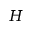
H